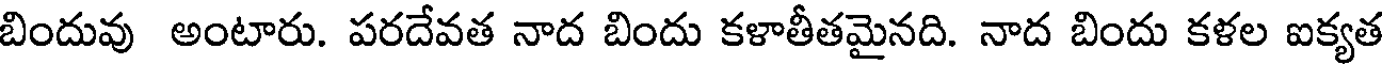
బిందువు అంటారు. పరదేవత నాద బిందు కళాతీతమైనది. నాద బిందు కళల ఐక్యత